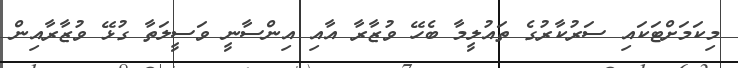
މިކަމަށްޓަކައި ސަރުކާރުގެ ތައުލީމާ ބެހޭ ވުޒާރާ އާއި އިންސާނީ ވަސީލަތާ ގުޅޭ ވުޒާރާއިން